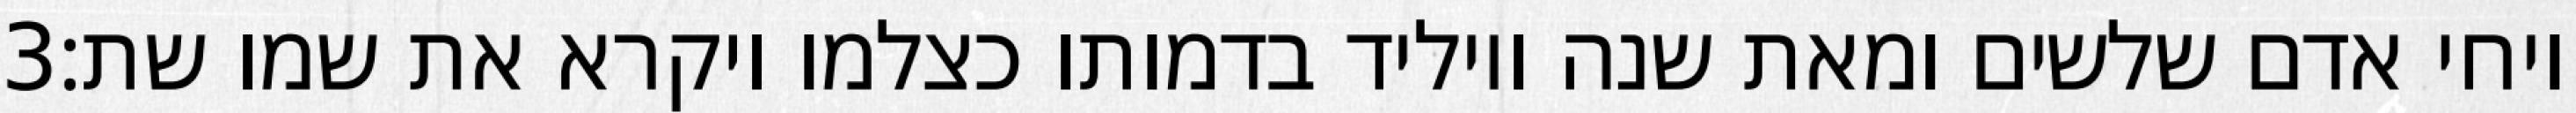
‎3‏ ויחי אדם שלשים ומאת שנה ויוליד בדמותו כצלמו ויקרא את שמו שת׃